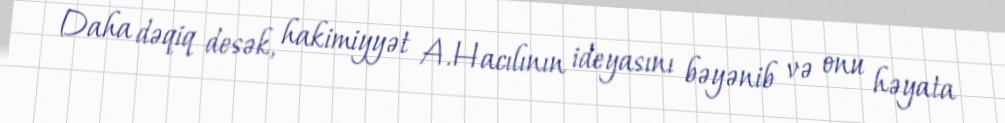
Daha dəqiq desək, hakimiyyət A.Hacılının ideyasını bəyənib və onu həyata